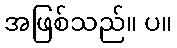
အဖြစ်သည်။ ပ။